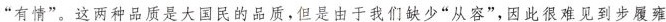
“有情”。这两种品质是大国民的品质，但是由于我们缺少“从容”，因此很难见到步履雍